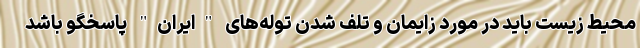
محیط زیست باید در مورد زایمان و تلف شدن توله‌های "ایران" پاسخگو باشد